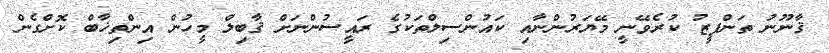
ޤާނޫނު ތަންފީޒު ކުރެވޭނީ މޭޔަރުންނާއި ކައުންސިލްތަކުގެ ރައީސުންނަށް ޤާބިލް މީހުން އިންތިޚާބް ކޮށްގެން